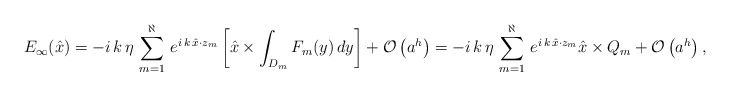
\begin{align*}E_{\infty}(\hat{x})=- i \, k \, \eta \, \sum_{m=1}^{\aleph} \, e^{i \, k \, \hat{x} \cdot z_{m}} \left[ \hat{x} \times \int_{D_{m}} F_{m}(y) \, dy \right]+\mathcal{O}\left(a^h\right)=-i \, k \, \eta \, \sum_{m=1}^{\aleph} \, e^{i \, k \, \hat{x} \cdot z_{m}} \hat{x}\times Q_m+\mathcal{O}\left(a^h\right),\end{align*}